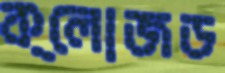
ক্লোজড